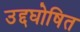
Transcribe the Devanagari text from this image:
उद्दघोषित